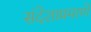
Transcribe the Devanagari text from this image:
संदेशाप्रमाणे